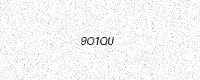
Text: 9O1QU